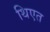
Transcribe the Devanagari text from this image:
थिएत